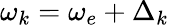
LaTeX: \omega_{k}=\omega_{e}+\Delta_{k}